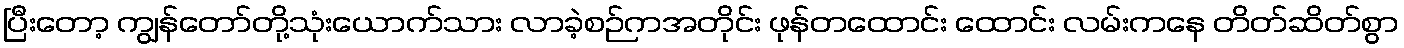
ပြီးတော့ ကျွန်တော်တို့သုံးယောက်သား လာခဲ့စဉ်ကအတိုင်း ဖုန်တထောင်း ထောင်း လမ်းကနေ တိတ်ဆိတ်စွာ